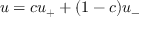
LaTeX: u = c u _ { + } + ( 1 - c ) u _ { - }